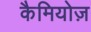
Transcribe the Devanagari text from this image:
कैमियोज़